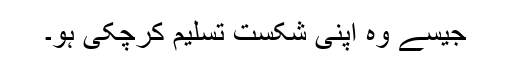
جیسے وہ اپنی شکست تسلیم کرچکی ہو۔